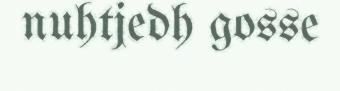
nuhtjedh gosse